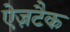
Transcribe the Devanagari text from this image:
ऐज़टैक